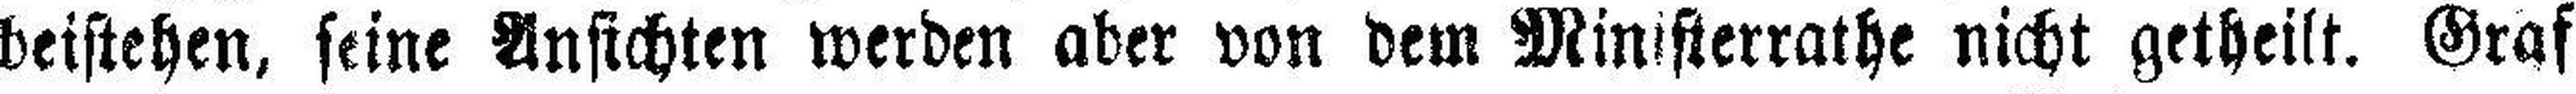
beistehen, seine Ansichten werden aber von dem Ministerrathe nicht getheilt. Graf